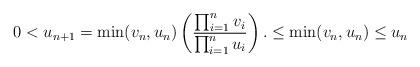
LaTeX: \begin{align*}0 < u_{n+1} = \min(v_n,u_n) \left( \frac{\prod_{i=1}^n v_i}{\prod_{i=1}^n u_i} \right). \leq \min(v_n,u_n) \leq u_n\end{align*}